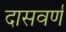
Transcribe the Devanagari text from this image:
दासवर्ण